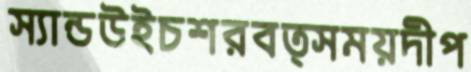
স্যান্ডউইচশরবত্সময়দীপ